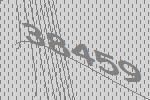
38459